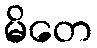
မိတေ